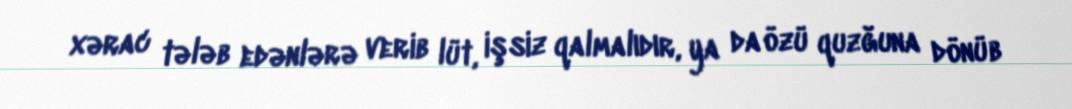
xərac tələb edənlərə verib lüt, işsiz qalmalıdır, ya da özü quzğuna dönüb